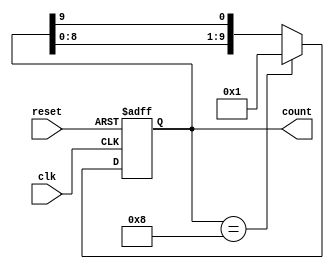
module decade_ring_counter (
    input wire clk,          // Clock input
    input wire reset,        // Asynchronous reset input
    output reg [9:0] count   // 10-bit output representing the counter state
);

// Initial state
initial begin
    count = 10'b0000000001; // Start with the first state
end

// Always block triggered on the rising edge of the clock or reset
always @(posedge clk or posedge reset) begin
    if (reset) begin
        count <= 10'b0000000001; // Reset to the initial state
    end else begin
        // Shift the '1' to the next flip-flop in the ring
        count <= {count[8:0], count[9]}; // Rotate left
        // Ensure only one bit is high
        if (count == 10'b0000001000) begin
            count <= 10'b0000000001; // Reset to the first state after reaching the last state
        end
    end
end

endmodule